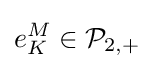
e_{K}^{M}\in {\mathcal {P}}_{2,+}